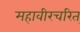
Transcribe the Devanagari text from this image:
महावीरचरित्‌